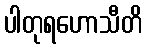
ပါတုရဟောသီတိ